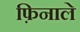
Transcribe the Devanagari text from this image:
फ़िनाले